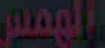
الوصف